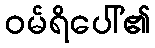
ဝမ်ရိပေါ်၏